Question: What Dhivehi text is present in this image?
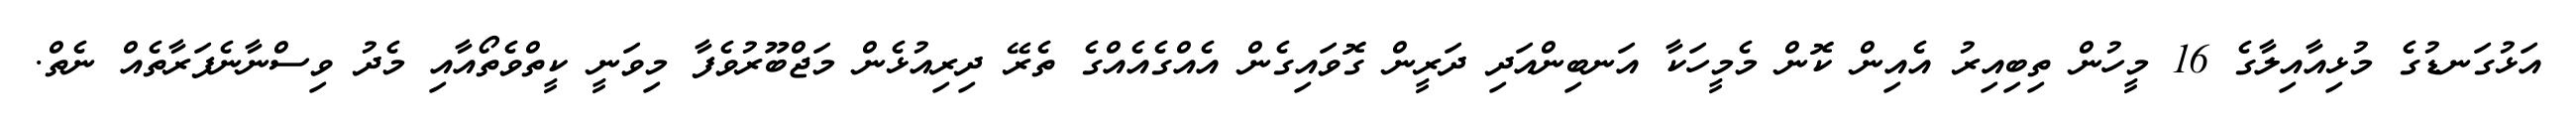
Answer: އަޅުގަނޑުގެ މުޅިއާއިލާގެ 16 މީހުން ތިބިއިރު އެއިން ކޮން މެމީހަކާ އަނބިންއަދި ދަރީން ގޮވައިގެން އެއްގެއެއްގެ ތެރޭ ދިރިއުޅެން މަޖްބޫރުވެފާ މިވަނީ ކީތްވެތޯއާއި މެދު ވިސްނާނެފަރާތެއް ނެތް.